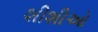
શીશીઓ